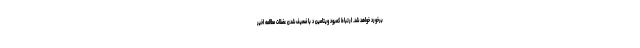
برخورد خواهد شد. ارتباط کمبود ویتامین د با ضعیف شدن عضلات مطالعه اخیر